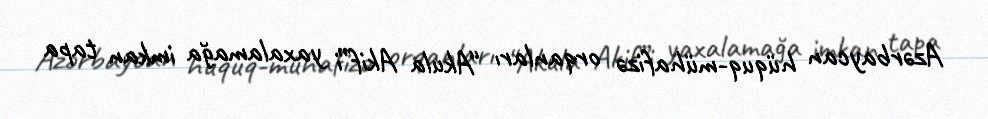
Azərbaycan hüquq-mühafizə orqanları “Akula Akif”i yaxalamağa imkan tapa